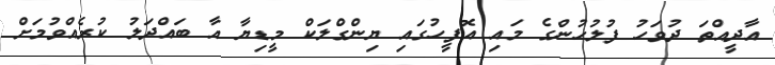
އާދީއްތަ ދުވަހު ފުލުހުންގެ މައި އޮފީހުގައި ޔިންގްލަކް މީޑިޔާ އާ ބައްދަލު ކުރެއްވުމަށް